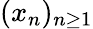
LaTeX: (x_{n})_{n\geq 1}